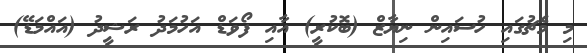
މި މެޗުގައި ހުސައިން ނިޔާޒް (ބޮކުރީ) އާއި ފޯވަޑް އަހުމަދު ރަޝީދު (އައްމަޑޭ)